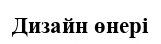
Дизайн өнері